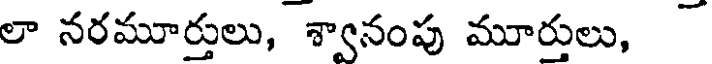
లా నరమూర్తులు, శ్వానంపు మూర్తులు,